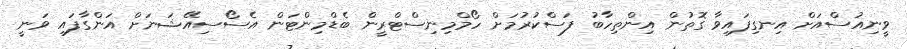
ވީނިއުސްއަށް އިނގިފައިވާ ގޮތުން އިންތިހާބު ފަސްކުރުމަށް ހޯމްމިނިސްޓްރީން ބެޑްމިންޓަން އެސޯސިއޭޝަނަށް އަންގާފައި ވަނީ